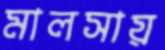
মালসায়